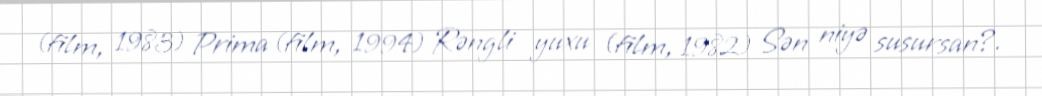
(film, 1983) Prima (film, 1994) Rəngli yuxu (film, 1982) Sən niyə susursan?.